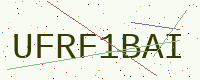
Text: UFRF1BAI